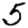
Digit: 5